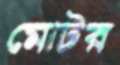
মোটর